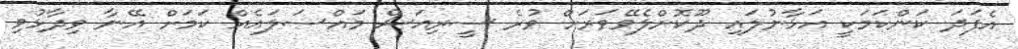
އެފަދަ ކަންކަމަކީ އަޅާނުލައި ދޫކޮށްލެވޭވަރަށް ވުރެ ސީރިއަސް މައްސަލައެއް ކަމަށް އޭނާ ވިދާޅުވި